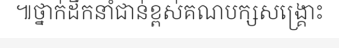
៕ថ្នាក់ដឹកនាំជាន់ខ្ពស់គណបក្សសង្គ្រោះ